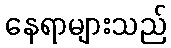
နေရာများသည်